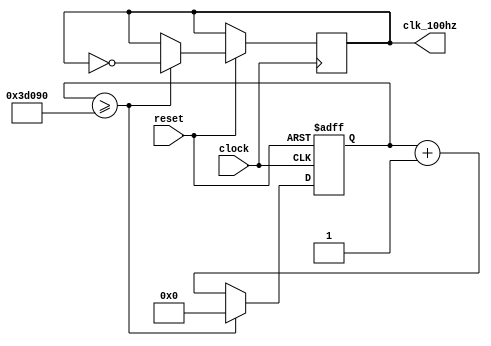
`define MAX_COUNT 250000

module freq_div_100hz(clock, reset, clk_100hz);

input clock, reset;
output reg clk_100hz;

reg [17:0] count;

always @(posedge clock or negedge reset) begin
    if(!reset)
        count <= 0;
    else begin
        if(count >= `MAX_COUNT) begin
            count <= 0;
            clk_100hz <= ~clk_100hz;
        end
        else 
            count <= count + 1;
    end
end

endmodule